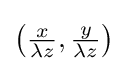
\left({\tfrac {x}{\lambda z}},{\tfrac {y}{\lambda z}}\right)